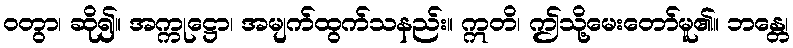
ဝတွာ၊ ဆို၍။ အက္ကုဋ္ဌော၊ အမျက်ထွက်သနည်း။ ဣတိ၊ ဤသို့မေးတော်မူ၏။ ဘန္တေ၊